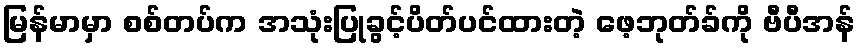
မြန်မာမှာ စစ်တပ်က အသုံးပြုခွင့်ပိတ်ပင်ထားတဲ့ ဖေ့ဘုတ်ခ်ကို ဗီပီအန်